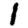
Digit: 1